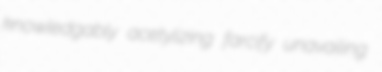
knowledgably acetylizing farcify unavailing